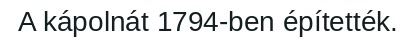
A kápolnát 1794-ben építették.